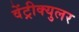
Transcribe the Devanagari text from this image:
वेंट्रीक्युलर